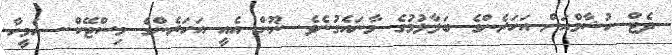
ދެޓް ހުޝާމްއަށް އަހަރެންގެ ބަލާލުމުގެ މާނައެގުނެވެ. ނޫން އެއީ އަހަރެންގެ މިސްޓޭކް.. އެމީހާ